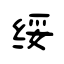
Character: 绥